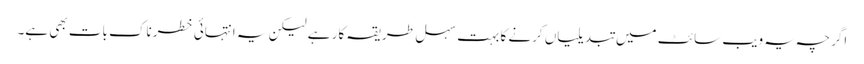
اگرچہ یہ ویب سائٹ میں تبدیلیاں کرنے کا بہت سہل طریقہ کار ہے لیکن یہ انتہائی خطرناک بات بھی ہے۔